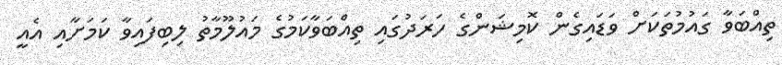
ތިއްބަވާ ގައުމުތަކަށް ވަޑައިގެން ކޮމިޝަންގެ ހަރަދުގައި ތިއްބަވާކަމުގެ މައުލޫމާތު ލިބިފައިވާ ކަމަށާއި އެއީ